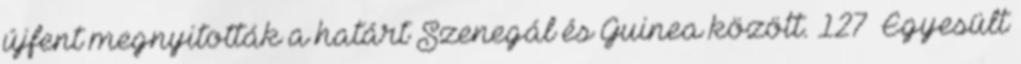
újfent megnyitották a határt Szenegál és Guinea között. 127 Egyesült